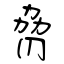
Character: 脅